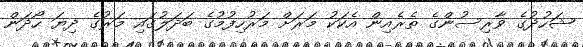
ޝަހުދުގެ ވާރިސުންގެ ތެރެއިން އެކަކު މަރަށް މަރުހިފުމުގެ ބަދަލުގައި މަރުގެ ދިޔަ ހޯދަން